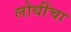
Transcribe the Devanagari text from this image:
लोधींचा